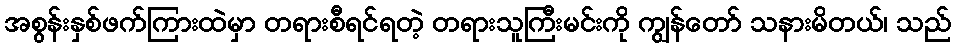
အစွန်းနှစ်ဖက်ကြားထဲမှာ တရားစီရင်ရတဲ့ တရားသူကြီးမင်းကို ကျွန်တော် သနားမိတယ်၊ သည်